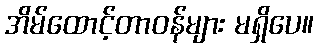
အိမ်ထောင့်တာဝန်များ မရှိပေ။